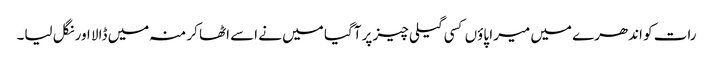
رات کو اندھرے میں میرا پاوٴں کسی گیلی چیز پر آگیا میں نے اسے اٹھا کر منہ میں ڈالا اور نگل لیا۔